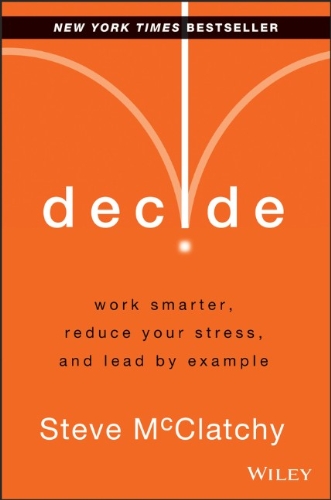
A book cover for Decide: Work Smarter, Reduce Your Stress, and Lead by Example; Steve McClatchy; Business & Money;